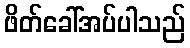
ဖိတ်ခေါ်အပ်ပါသည်